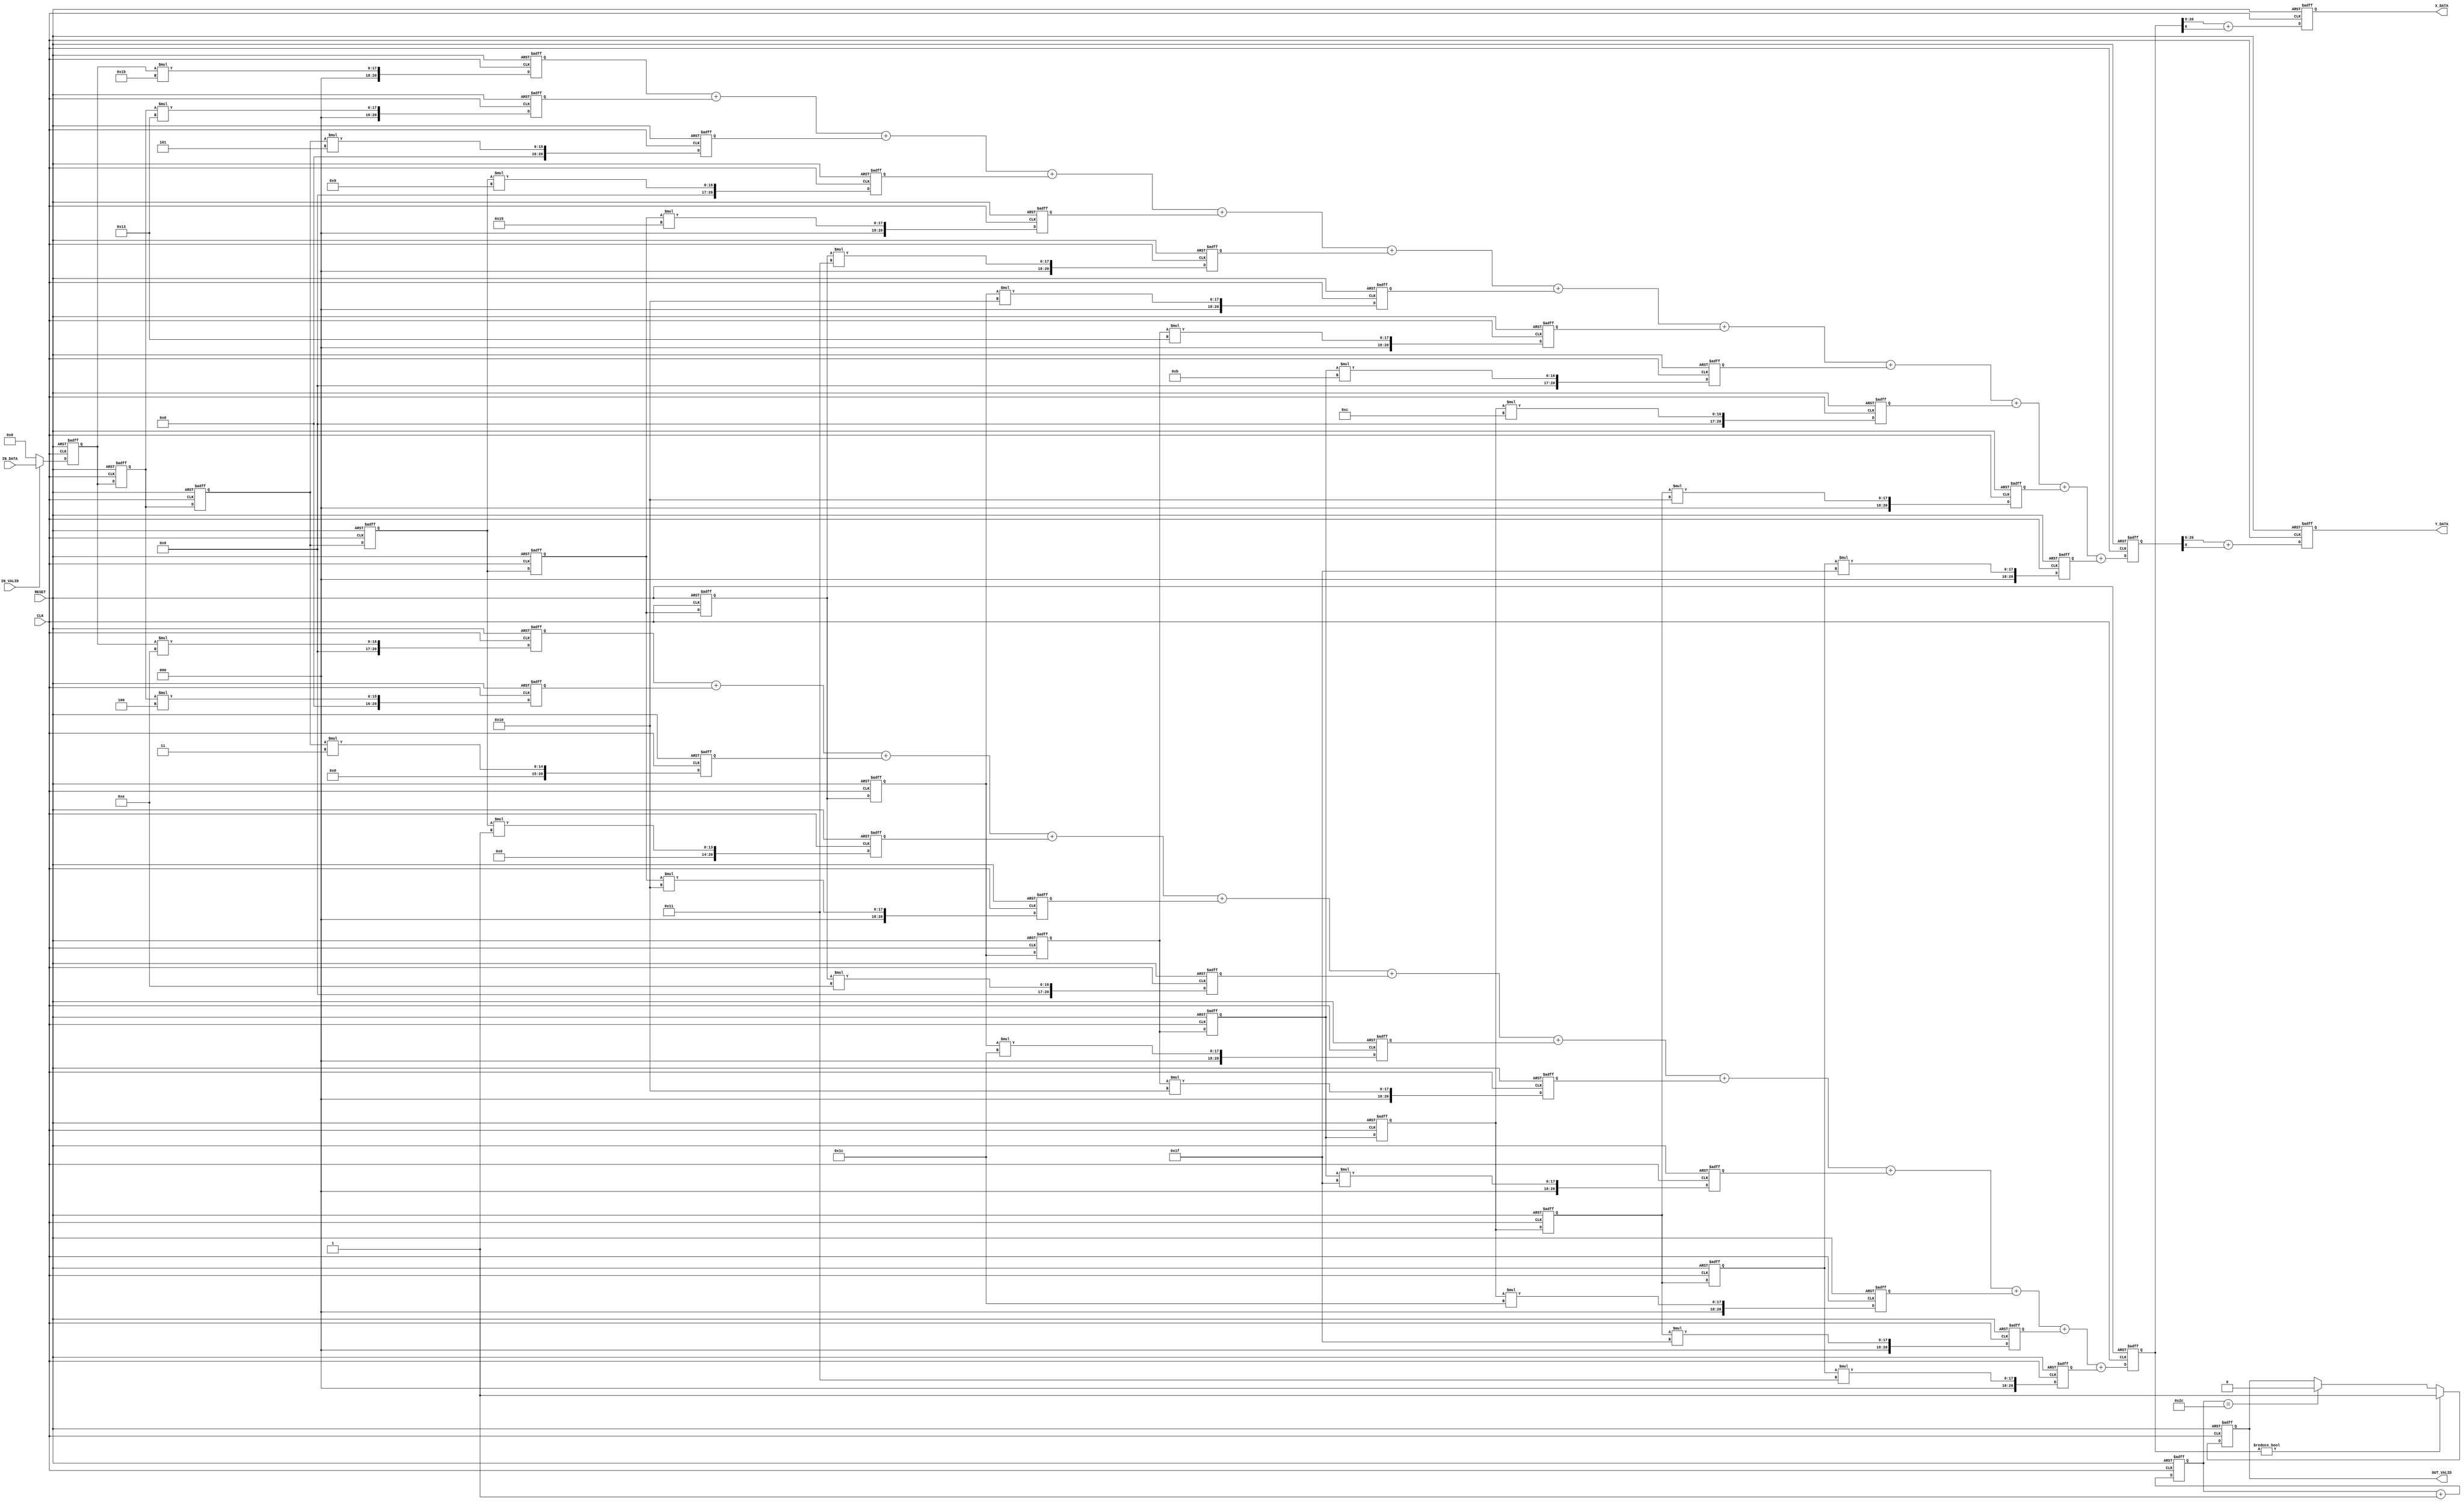
//------------------------------------------------------//
//- Digital IC Design 2023                              //
//- Lab06: Logic Synthesis                              //
//- @author: Wei Chia Huang                             //        
//- Last update: Apr 29 2023                            //                
//------------------------------------------------------//
`timescale 1ns/10ps

module MBF(CLK, RESET, IN_VALID, IN_DATA, X_DATA, Y_DATA, OUT_VALID);

input   CLK;
input   RESET;
input   IN_VALID;

input       [12:0]  IN_DATA;
output  reg [12:0]  X_DATA;
output  reg [12:0]  Y_DATA;
output  reg         OUT_VALID;

//Write Your Design Here
wire [4:0] L[0:11];
wire [4:0] H[0:11];

reg  [6:0] counter;
reg  [4:0] i;
reg  [4:0] j;
reg  [4:0] k;

reg [12:0] d[0:11];

reg [20:0] accl[0:11];  //21-bit  
reg [20:0] acch[0:11];

reg [20:0] X_DATA_TEMP;
reg [20:0] Y_DATA_TEMP;

assign  H[0] = 5'b01110;  //filter coefficient
assign  H[1] = 5'b00100;
assign  H[2] = 5'b00011;
assign  H[3] = 5'b00001;
assign  H[4] = 5'b10000;
assign  H[5] = 5'b01110;
assign  H[6] = 5'b11100;
assign  H[7] = 5'b10000;
assign  H[8] = 5'b11111;
assign  H[9] = 5'b11100;
assign H[10] = 5'b11111;
assign H[11] = 5'b10001;

assign  L[0] = 5'b11011;  
assign  L[1] = 5'b10011;  
assign  L[2] = 5'b00101;
assign  L[3] = 5'b01001;
assign  L[4] = 5'b10101;
assign  L[5] = 5'b10001;
assign  L[6] = 5'b10000;
assign  L[7] = 5'b10011;
assign  L[8] = 5'b01011;
assign  L[9] = 5'b01100;
assign L[10] = 5'b10000;
assign L[11] = 5'b11111;

always@(posedge CLK or posedge RESET) begin
    if(RESET)
        counter <= 0;
    
    else
        counter <= counter + 1;
end

/*delay stage of LPF & HPF*/
always@(posedge CLK or posedge RESET) begin
    if(RESET) begin
        for(i = 0; i <= 11; i = i + 1)
            d[i] <= 0;
    end

    else begin
        d[0] <= (IN_VALID) ? IN_DATA : 1'b0;    
        d[1] <= d[0];
        d[2] <= d[1];
        d[3] <= d[2];
        d[4] <= d[3];
        d[5] <= d[4];
        d[6] <= d[5];
        d[7] <= d[6];
        d[8] <= d[7];
        d[9] <= d[8];
        d[10] <= d[9];
        d[11] <= d[10];
	end
end

/*multiply stage of HPF*/
always@(posedge CLK or posedge RESET) begin
    if(RESET) begin
        for(j = 0; j <= 11; j = j + 1)
            acch[j] <= 0;
    end

    else begin
        acch[0] <= d[0] * H[0];
        acch[1] <= d[1] * H[1];
        acch[2] <= d[2] * H[2];
        acch[3] <= d[3] * H[3];
        acch[4] <= d[4] * H[4];
        acch[5] <= d[5] * H[5];
        acch[6] <= d[6] * H[6];
        acch[7] <= d[7] * H[7];
        acch[8] <= d[8] * H[8];
        acch[9] <= d[9] * H[9];
        acch[10] <= d[10] * H[10];
        acch[11] <= d[11] * H[11];
    end
end

/*multiply stage of LPF*/
always@(posedge CLK or posedge RESET) begin
    if(RESET) begin
        for(k = 0; k <= 11; k = k + 1)
            accl[k] <= 0;
    end

    else begin
        accl[0] <= d[0] * L[0];
        accl[1] <= d[1] * L[1];
        accl[2] <= d[2] * L[2];
        accl[3] <= d[3] * L[3];
        accl[4] <= d[4] * L[4];
        accl[5] <= d[5] * L[5];
        accl[6] <= d[6] * L[6];
        accl[7] <= d[7] * L[7];
        accl[8] <= d[8] * L[8];
        accl[9] <= d[9] * L[9];
        accl[10] <= d[10] * L[10];
        accl[11] <= d[11] * L[11];
    end
end

/*accumulate stage of HPF*/
always@(posedge CLK or posedge RESET) begin
    if(RESET) 
        X_DATA_TEMP <= 0;
    
    else
		X_DATA_TEMP <= (acch[0] + acch[1] + acch[2] + acch[3] + acch[4] + acch[5] + acch[6] + acch[7] + acch[8] + acch[9] + acch[10] + acch[11]);
end

always@(posedge CLK or posedge RESET) begin
    if(RESET) 
        X_DATA <= 0;
    
    else
		X_DATA <= (X_DATA_TEMP >> 9) + X_DATA_TEMP[8];
end

/*accumulate stage of LPF*/
always@(posedge CLK or posedge RESET) begin
    if(RESET) 
        Y_DATA_TEMP <= 0;
    
    else 
		Y_DATA_TEMP <= (accl[0] + accl[1] + accl[2] + accl[3] + accl[4] + accl[5] + accl[6] + accl[7] + accl[8] + accl[9] + accl[10] + accl[11]);
end

always@(posedge CLK or posedge RESET) begin
    if(RESET) 
        Y_DATA <= 0;
    
    else 
		Y_DATA <= (Y_DATA_TEMP >> 9) + Y_DATA_TEMP[8];
end

always@(posedge CLK or posedge RESET) begin
    if(RESET)
        OUT_VALID <= 0;
    
    else if(X_DATA_TEMP)
        OUT_VALID <= 1;
    
    else if(counter == 44)  //output ends
        OUT_VALID <= 0;
end

endmodule